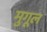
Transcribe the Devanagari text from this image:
मुगूल